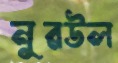
নুরউল